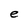
Character: e